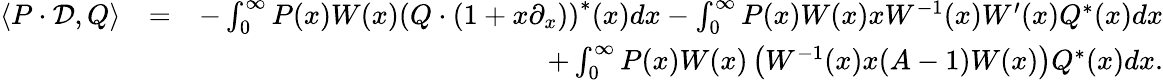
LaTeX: \begin{array}{rlr}{\langle P\cdot\mathcal{D},Q\rangle}&{=}&{-\int_{0}^{\infty}P(x)W(x)\left(Q\cdot(1+x\partial_{x})\right)^{\ast}(x)dx-\int_{0}^{\infty}P(x)W(x)xW^{-1}(x)W^{\prime}(x)Q^{\ast}(x)dx}\\ &{}&{+\int_{0}^{\infty}P(x)W(x)\left(W^{-1}(x)x(A-1)W(x)\right)Q^{\ast}(x)dx.}\end{array}